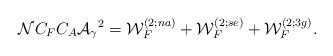
LaTeX: \begin{align*}{\cal N} C_F C_A {\cal{A}_{\gamma}}^2={\cal W}^{(2;na)}_F+{\cal W}^{(2;se)}_F+{\cal W}^{(2;3g)}_F.\end{align*}